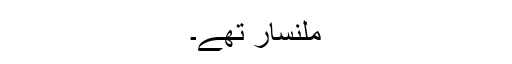
ملنسار تھے۔